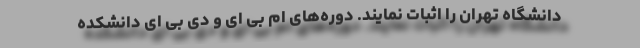
دانشگاه تهران را اثبات نمایند. دوره‌های ام بی ای و دی بی ای دانشکده